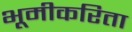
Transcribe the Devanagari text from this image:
भूमीकरिता